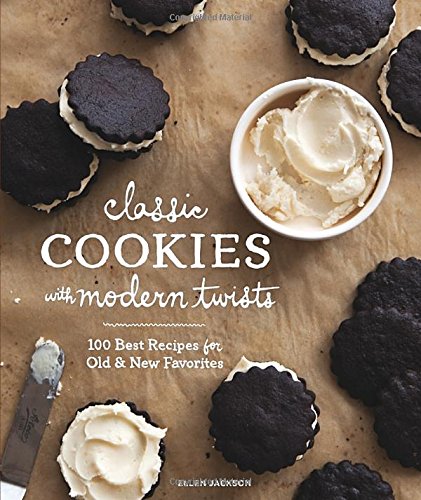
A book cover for Classic Cookies with Modern Twists: 100 Best Recipes for Old and New Favorites; Ellen Jackson; Cookbooks, Food & Wine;